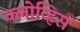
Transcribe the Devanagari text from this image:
क्लोव्हिस